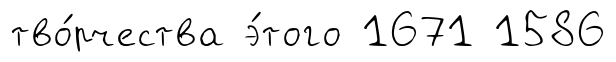
тво́рчества э́того 1671 1586